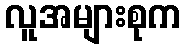
လူအများစုက